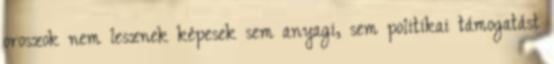
oroszok nem lesznek képesek sem anyagi, sem politikai támogatást